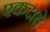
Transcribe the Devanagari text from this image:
एकदाचे